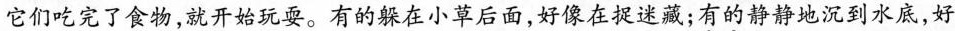
它们吃完了食物，就开始玩耍。\underset{·}{有}\underset{·}{的}躲在小草后面，好像在捉迷藏；\underset{·}{有}\underset{·}{的}静静地沉到水底，好